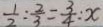
\frac { 1 } { 2 } : \frac { 2 } { 3 } = \frac { 3 } { 4 } : x